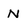
Character: N